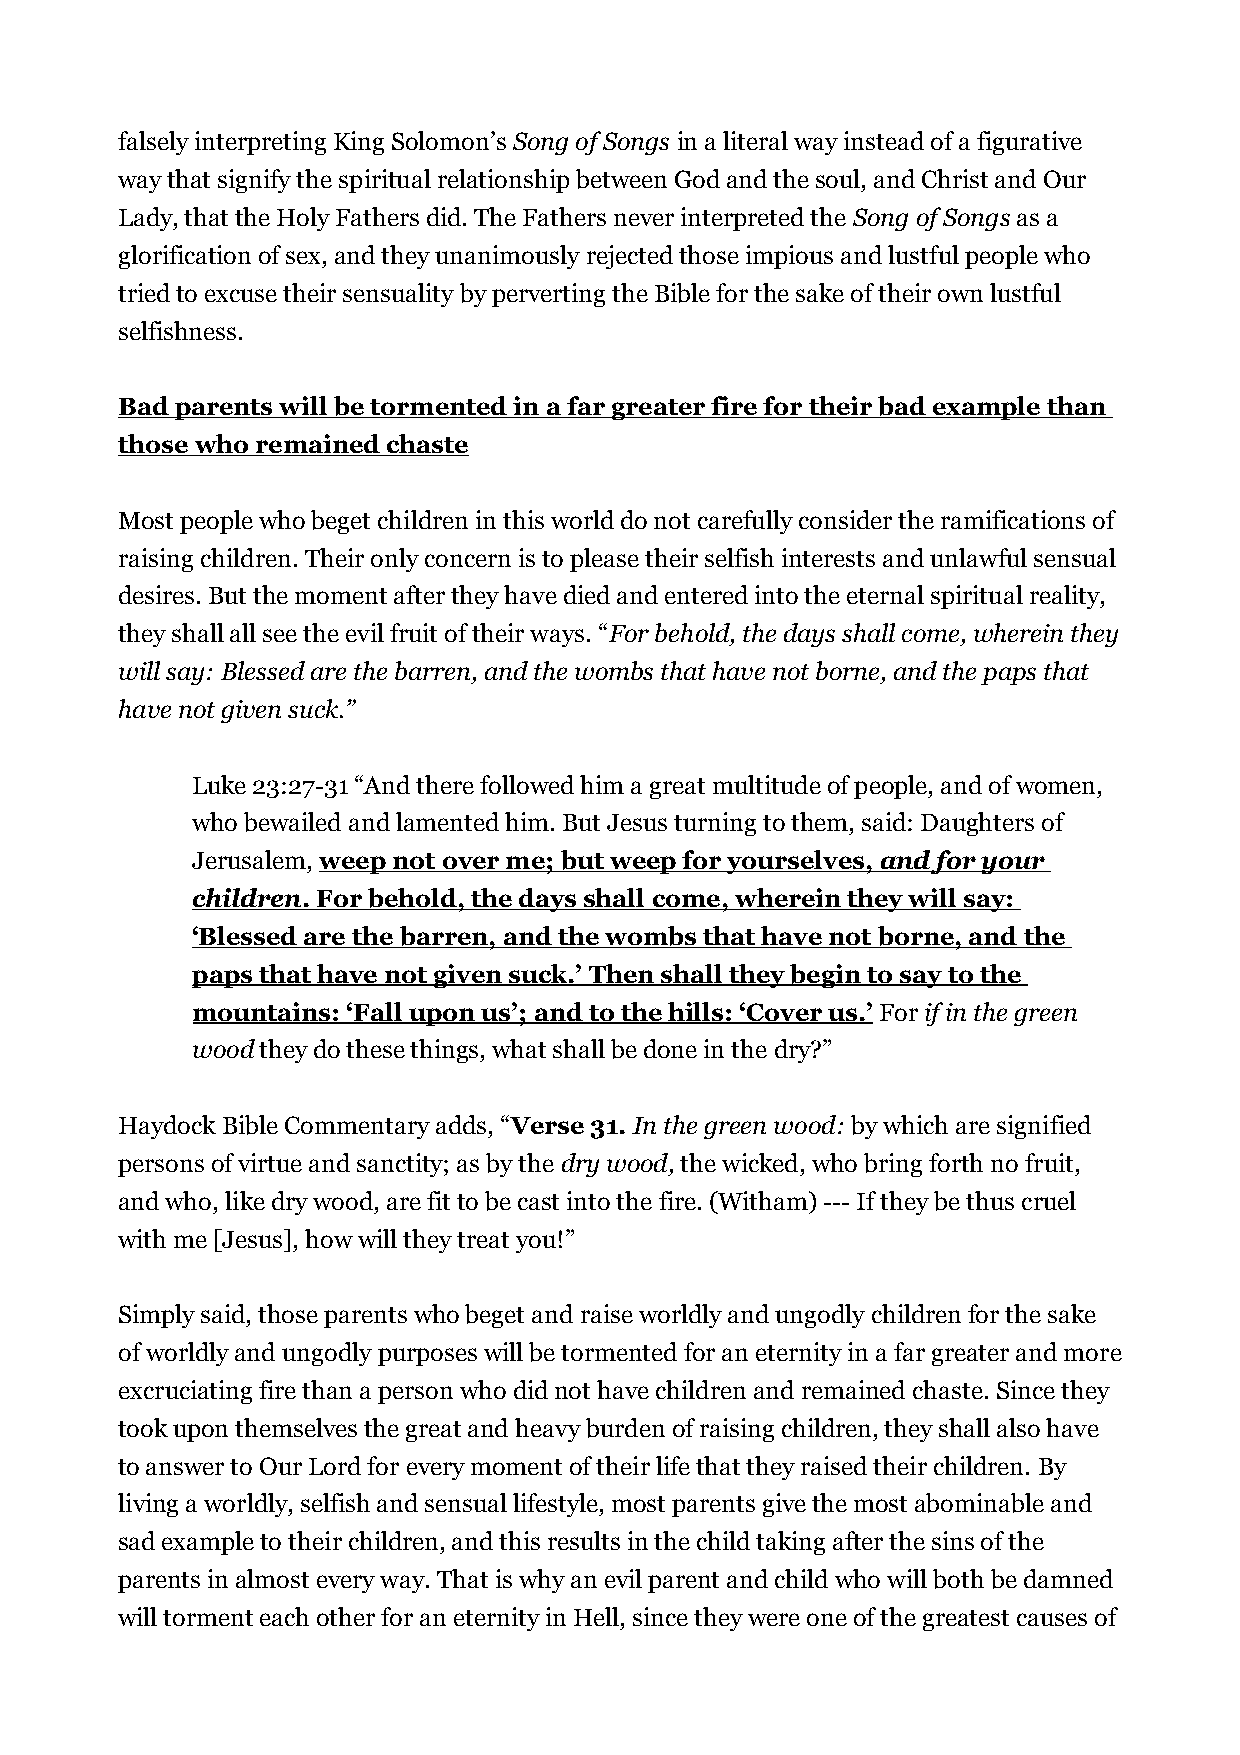
falsely interpreting King Solomon’s Song of Songs in a literal way instead of a figurative
 way that signify the spiritual relationship between God and the soul, and Christ and Our
 Lady, that the Holy Fathers did. The Fathers never interpreted the Song of Songs as a
 glorification of sex, and they unanimously rejected those impious and lustful people who
 tried to excuse their sensuality by perverting the Bible for the sake of their own lustful
 selfishness.
 Bad parents will be tormented in a far greater fire for their bad example than
 those who remained chaste
 Most people who beget children in this world do not carefully consider the ramifications of
 raising children. Their only concern is to please their selfish interests and unlawful sensual
 desires. But the moment after they have died and entered into the eternal spiritual reality,
 they shall all see the evil fruit of their ways. “For behold, the days shall come, wherein they
 will say: Blessed are the barren, and the wombs that have not borne, and the paps that
 have not given suck.”
 Luke 23:27-31 “And there followed him a great multitude of people, and of women,
 who bewailed and lamented him. But Jesus turning to them, said: Daughters of
 Jerusalem, weep not over me; but weep for yourselves, and for your
 children . For behold, the days shall come, wherein they will say:
 ‘Blessed are the barren, and the wombs that have not borne, and the
 paps that have not given suck.’ Then shall they begin to say to the
 mountains: ‘Fall upon us’; and to the hills: ‘Cover us.’ For if in the green
 wood they do these things, what shall be done in the dry?”
 Haydock Bible Commentary adds, “Verse 31. In the green wood: by which are signified
 persons of virtue and sanctity; as by the dry wood, the wicked, who bring forth no fruit,
 and who, like dry wood, are fit to be cast into the fire. (Witham) --- If they be thus cruel
 with me [Jesus], how will they treat you!”
 Simply said, those parents who beget and raise worldly and ungodly children for the sake
 of worldly and ungodly purposes will be tormented for an eternity in a far greater and more
 excruciating fire than a person who did not have children and remained chaste. Since they
 took upon themselves the great and heavy burden of raising children, they shall also have
 to answer to Our Lord for every moment of their life that they raised their children. By
 living a worldly, selfish and sensual lifestyle, most parents give the most abominable and
 sad example to their children, and this results in the child taking after the sins of the
 parents in almost every way. That is why an evil parent and child who will both be damned
 will torment each other for an eternity in Hell, since they were one of the greatest causes of